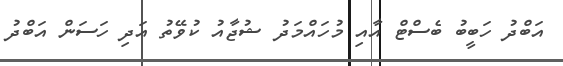
އަބްދު ހަބީބު ބެސްޓް އާއި މުހައްމަދު ޝުޖާއު ކުވޭތު އަދި ހަސަން އަބްދު